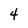
Character: 4